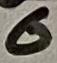
Text: 6